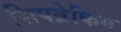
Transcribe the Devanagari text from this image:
शिपब्रेकिंग